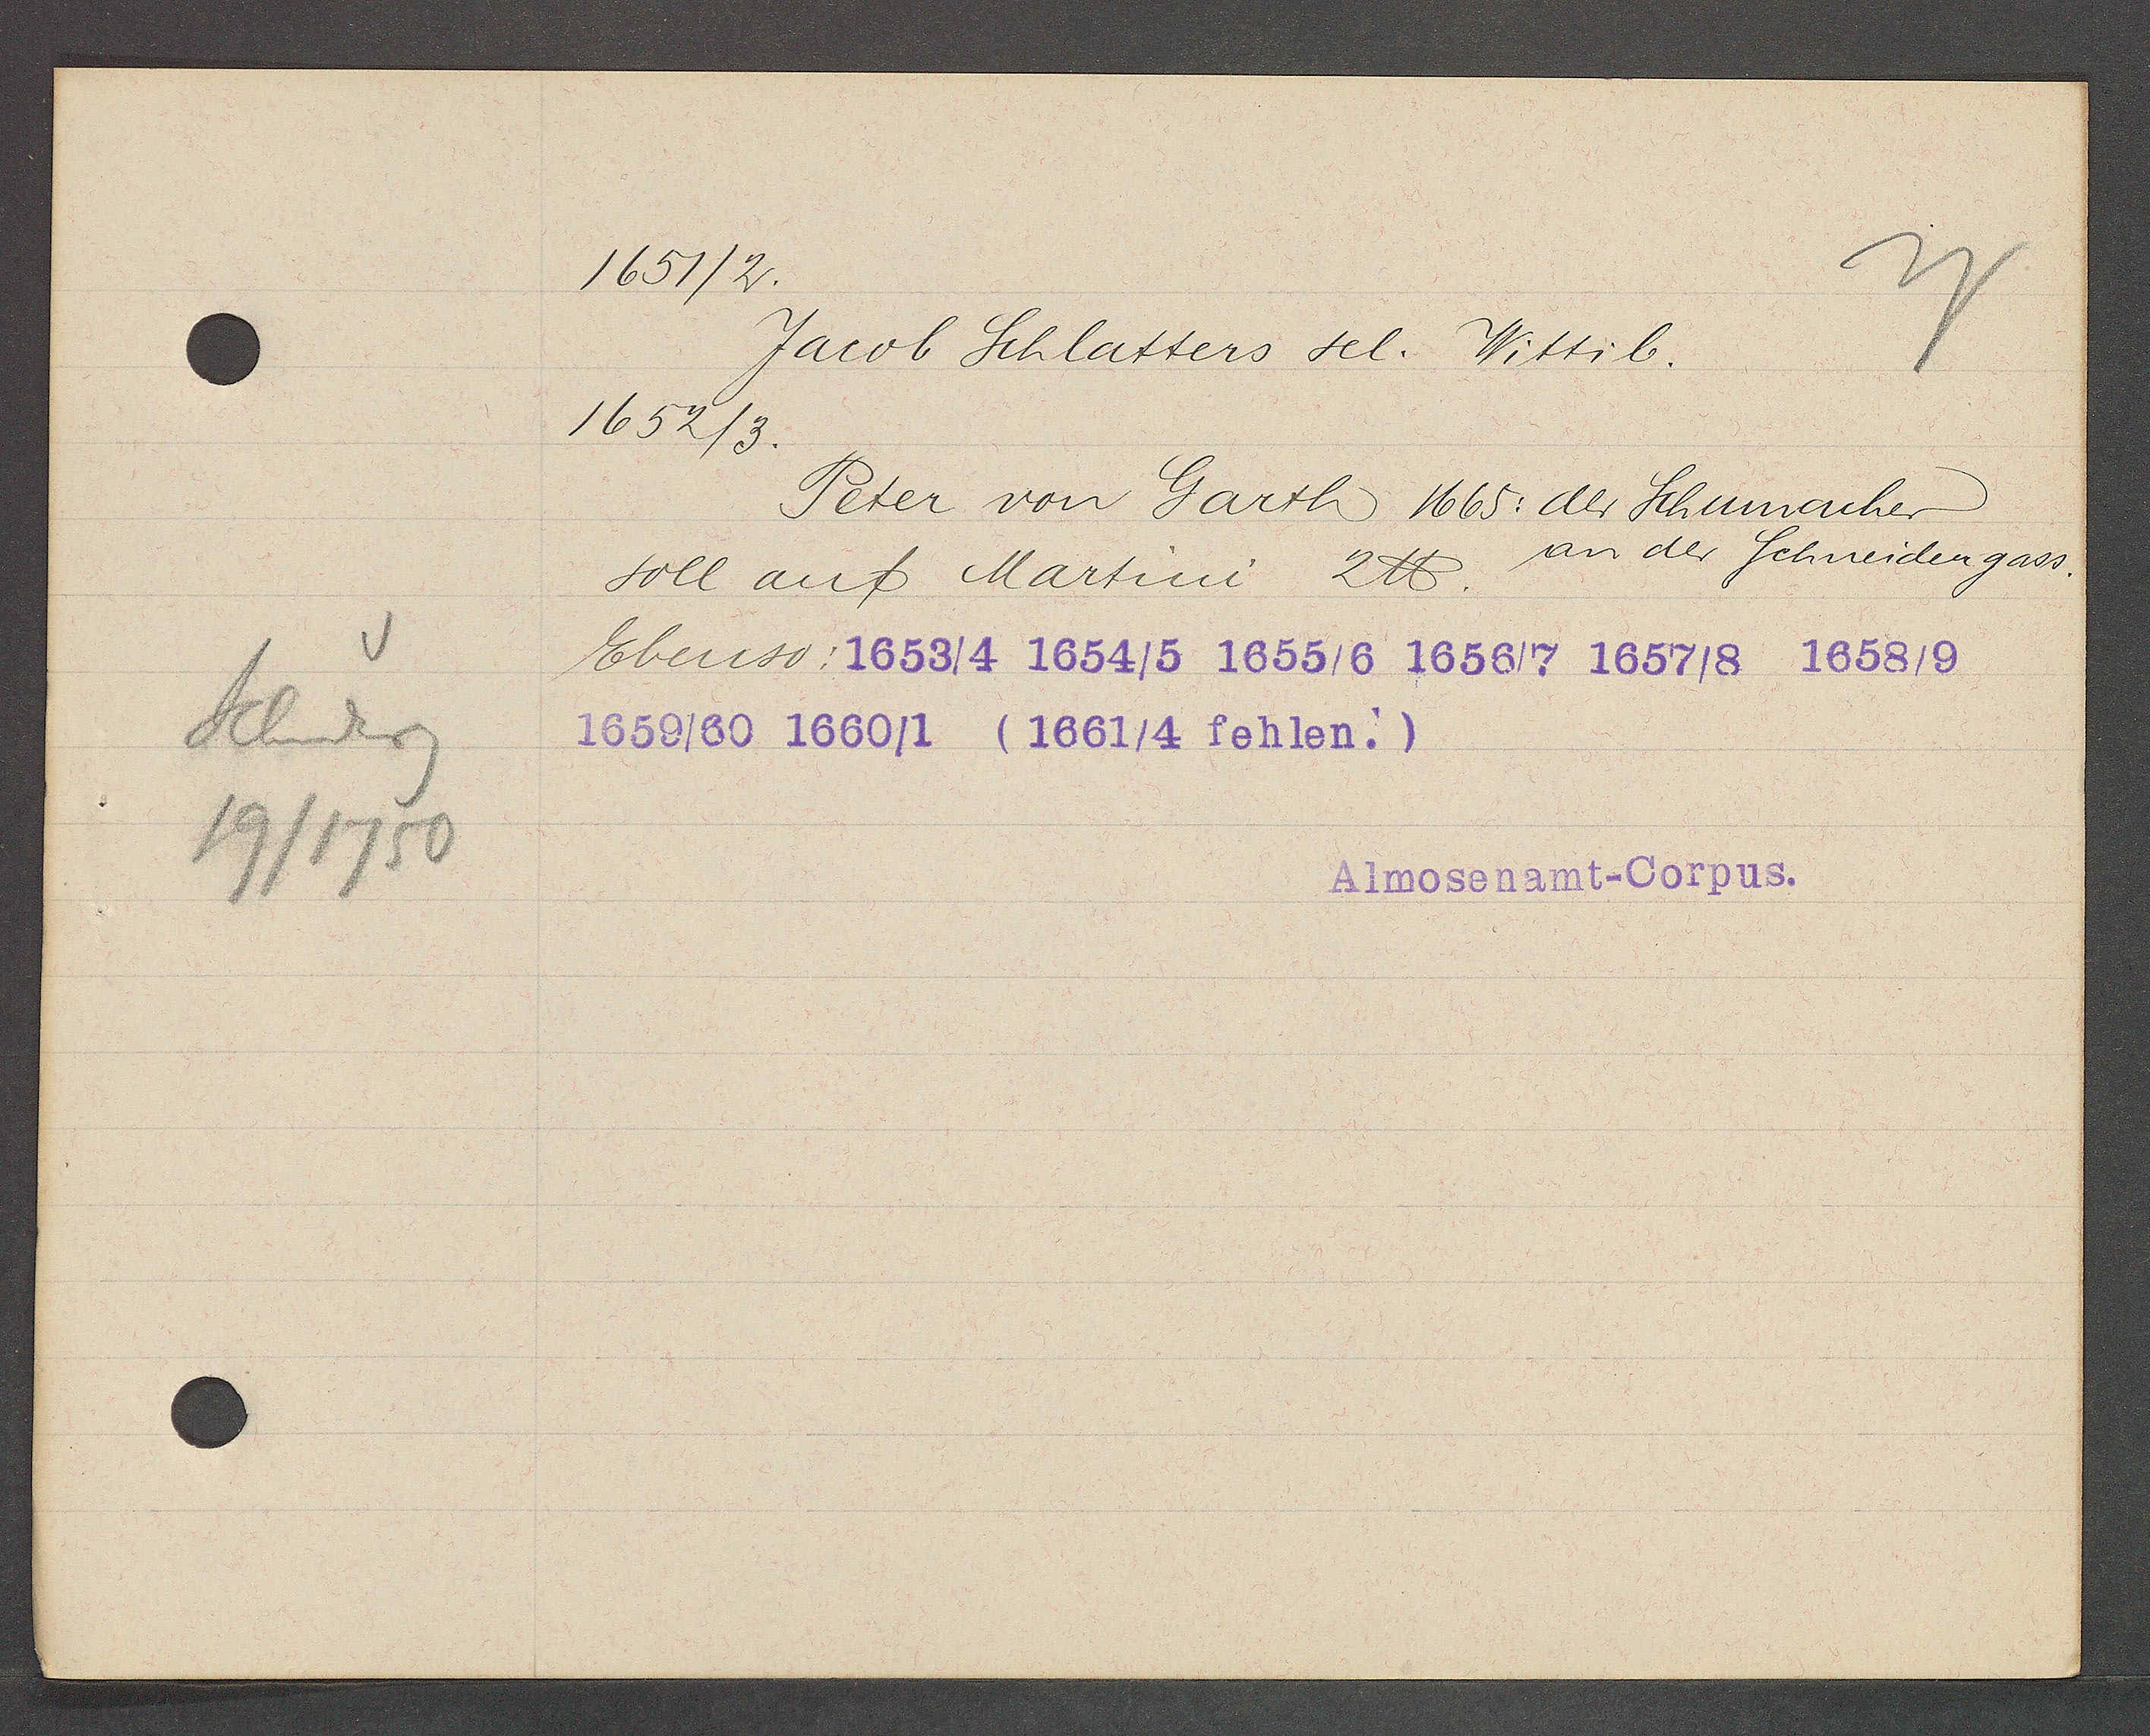
Transcript:
Schneiderg
19/1750

1651/2.

Jacob Schlatters sel. Wittib.
1652/3.
Peter von Garth 1665: der Schumacher
an der Schneidergass.
soll auf Martini 2℔.
Ebenso: 1653/4 1654/5 1655/6 1656/7 1657/8 1658/9
1659/60 1660/1 (1661/4 fehlen.)

Almosenamt-Corpus.